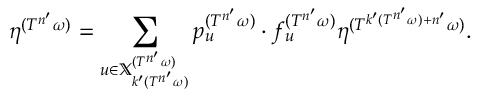
\eta ^ { ( T ^ { n ^ { \prime } } \omega ) } = \sum _ { u \in \mathbb { X } _ { k ^ { \prime } ( T ^ { n ^ { \prime } } \omega ) } ^ { ( T ^ { n ^ { \prime } } \omega ) } } p _ { u } ^ { ( T ^ { n ^ { \prime } } \omega ) } \cdot f _ { u } ^ { ( T ^ { n ^ { \prime } } \omega ) } \eta ^ { ( T ^ { k ^ { \prime } ( T ^ { n ^ { \prime } } \omega ) + n ^ { \prime } } \omega ) } .